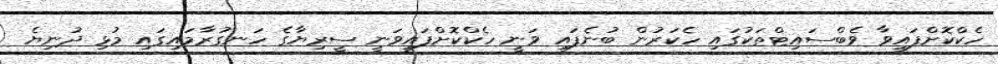
ހެކްކޮށްފައިވާ ވެބްސައިޓްތަކުގައި ހެކަރުން ބުނެފައި ވަނީ ހެކްކޮށްފައިވަނީ ސީރިޔާގެ ހަނގުރާމައިގައި މުޅި ދުނިޔެ